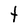
Character: t